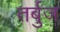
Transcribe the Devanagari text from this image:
तर्बुज